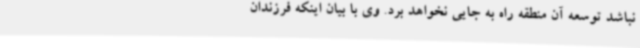
نباشد توسعه آن منطقه راه به جایی نخواهد برد. وی با بیان اینکه فرزندان